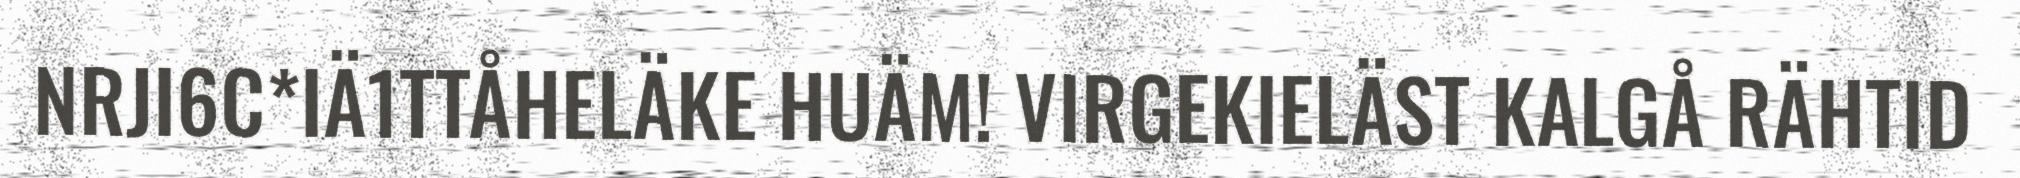
NRJI6C*IÄ1TTÅHELÄKE HUÄM! VIRGEKIELÄST KALGÅ RÄHTID